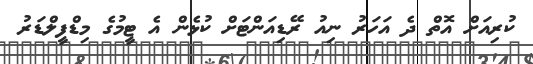
ކުރިއަށް އޮތް ދެ އަހަރު ނިއު ރޭޑިއަންޓަށް ކުޅެން އެ ޓީމުގެ މިޑްފީލްޑަރު